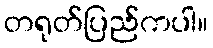
တရုတ်ပြည်ကပါ။